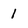
Character: 1